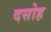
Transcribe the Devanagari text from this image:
दसोह